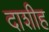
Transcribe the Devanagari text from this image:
दाशीह